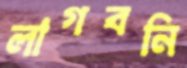
লাগবনি